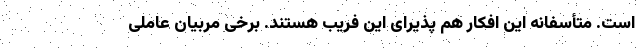
است. متأسفانه این افکار هم پذیرای این فریب هستند. برخی مربیان عاملی